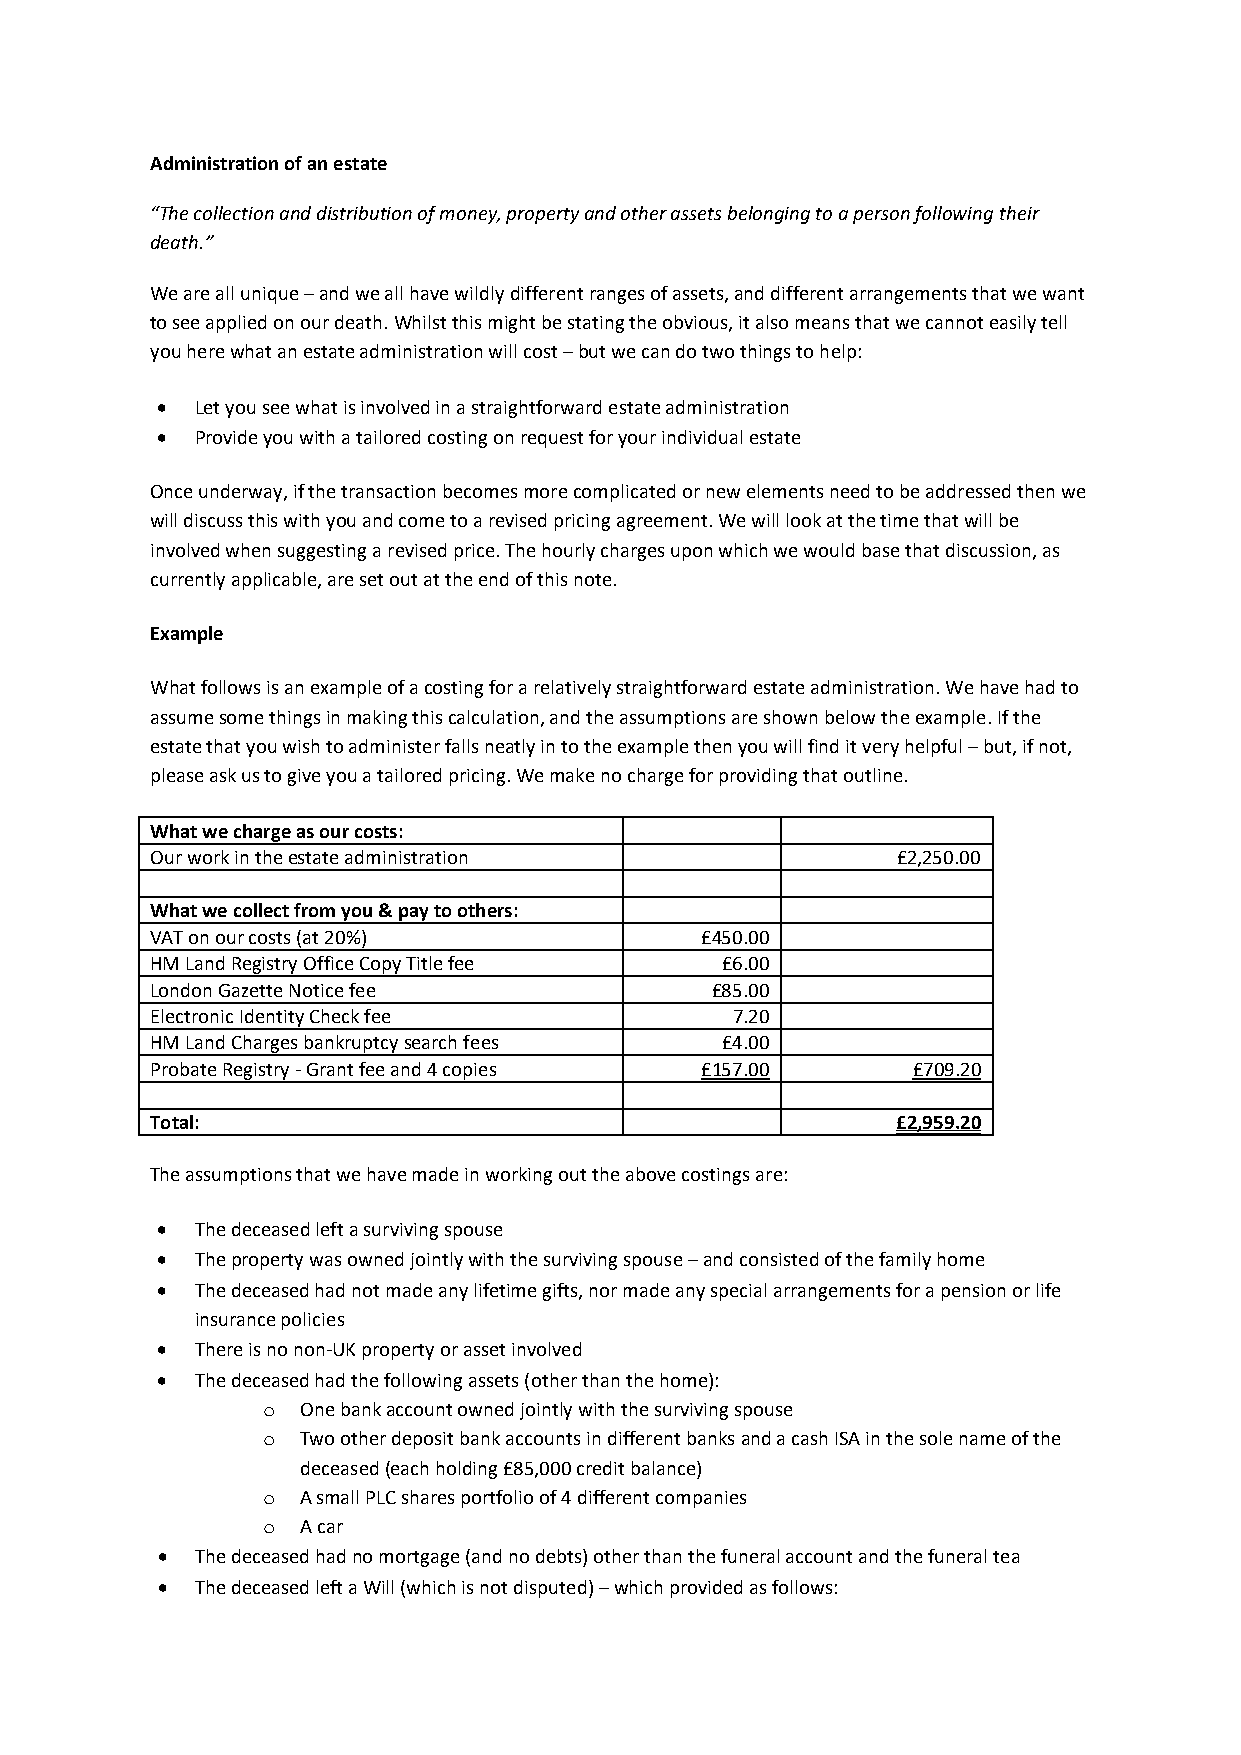
Administration of an estate
 “The collection and distribution of money, property and other assets belonging to a person following their
 death.”
 We are all unique – and we all have wildly different ranges of assets, and different arrangements that we want
 to see applied on our death. Whilst this might be stating the obvious, it also means that we cannot easily tell
 you here what an estate administration will cost – but we can do two things to help:
 •  Let you see what is involved in a straightforward estate administration
 •  Provide you with a tailored costing on request for your individual estate
 Once underway, if the transaction becomes more complicated or new elements need to be addressed then we
 will discuss this with you and come to a revised pricing agreement. We will look at the time that will be
 involved when suggesting a revised price. The hourly charges upon which we would base that discussion, as
 currently applicable, are set out at the end of this note.
 Example
 What follows is an example of a costing for a relatively straightforward estate administration. We have had to
 assume some things in making this calculation, and the assumptions are shown below the example. If the
 estate that you wish to administer falls neatly in to the example then you will find it very helpful – but, if not,
 please ask us to give you a tailored pricing. We make no charge for providing that outline.
 What we charge as our costs:
 Our work in the estate administration            £2,250.00
 What we collect from you & pay to others:
 VAT on our costs (at 20%)           £450.00
 HM Land Registry Office Copy Title fee £6.00
 London Gazette Notice fee            £85.00
 Electronic Identity Check fee         7.20
 HM Land Charges bankruptcy search fees £4.00
 Probate Registry - Grant fee and 4 copies £157.00 £709.20
 Total:                                           £2,959.20
 The assumptions that we have made in working out the above costings are:
 •  The deceased left a surviving spouse
 •  The property was owned jointly with the surviving spouse – and consisted of the family home
 •  The deceased had not made any lifetime gifts, nor made any special arrangements for a pension or life
 insurance policies
 •  There is no non-UK property or asset involved
 •  The deceased had the following assets (other than the home):
 o  One bank account owned jointly with the surviving spouse
 o  Two other deposit bank accounts in different banks and a cash ISA in the sole name of the
 deceased (each holding £85,000 credit balance)
 o  A small PLC shares portfolio of 4 different companies
 o  A car
 •  The deceased had no mortgage (and no debts) other than the funeral account and the funeral tea
 •  The deceased left a Will (which is not disputed) – which provided as follows: